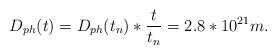
LaTeX: \begin{align*}D_{ph}(t)=D_{ph}(t_n)* \frac{t}{t_n}=2.8*10^{21}m.\end{align*}